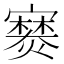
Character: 𫴘